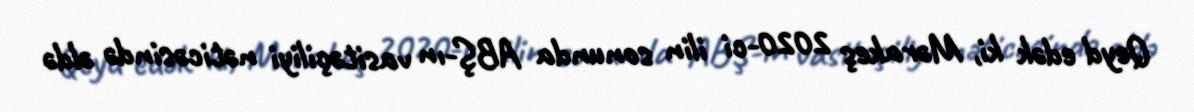
Qeyd edək ki, Mərakeş 2020-ci ilin sonunda ABŞ-ın vasitəçiliyi nəticəsində əldə